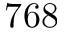
7 6 8